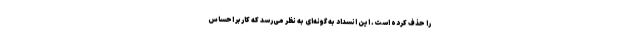
را حذف کرده است. این انسداد به گونه‌ای به نظر می‌رسد که کاربر احساس